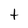
Character: t